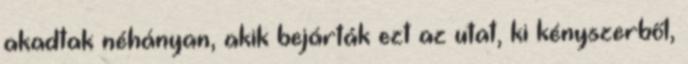
akadtak néhányan, akik bejárták ezt az utat, ki kényszerből,